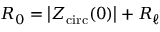
R _ { 0 } = \left| Z _ { \mathrm { c i r c } } ( 0 ) \right| + R _ { \ell }